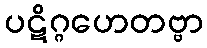
ပဋိဂ္ဂဟေတဗ္ဗာ